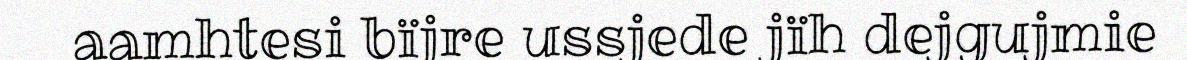
aamhtesi bïjre ussjede jïh dejgujmie